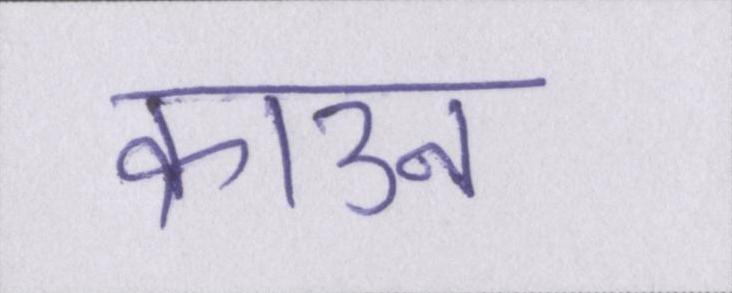
क्राउन